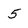
Character: 5